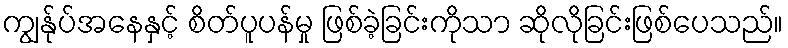
ကျွန်ုပ်အနေနှင့် စိတ်ပူပန်မှု ဖြစ်ခဲ့ခြင်းကိုသာ ဆိုလိုခြင်းဖြစ်ပေသည်။